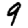
Digit: 9